Lunatic asylums in Bengal annual reports 1912-1924 - 1912-1924
Year: 1912
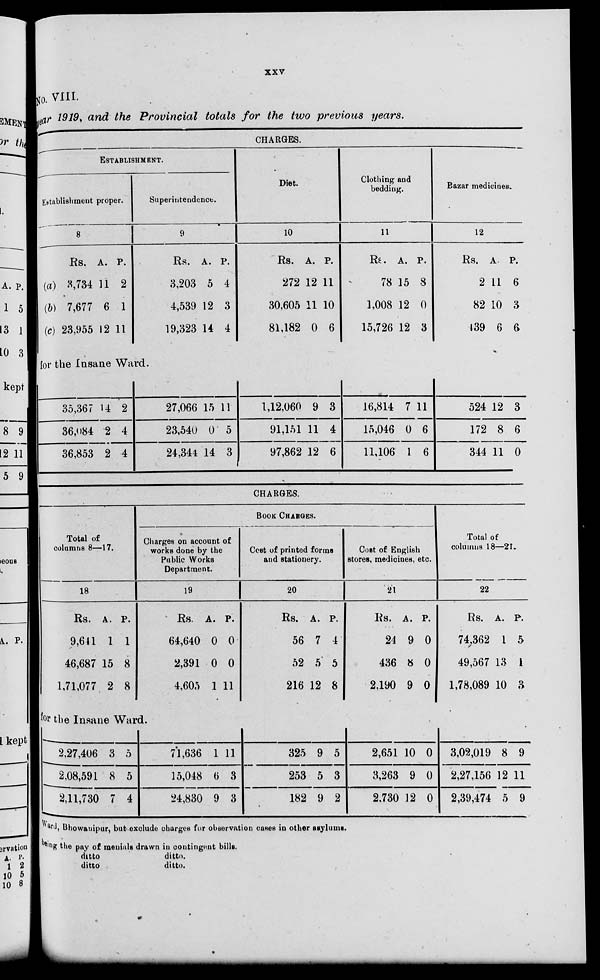
xxv
No. VIII.
year 1919, and the Provincial totals for the two previous years.
CHARGES.
ESTABLISHMENT.
Establishment proper.
8
Rs.
(a) 3,734
(b) 7,677
(c) 23,955
A.
11
6
12
P.
2
1
11
Superintendence
9
Rs.
3,203
4,539
19,323
A.
5
12
14
P.
4
3
4
Diet.
10
Rs.
272
30,605
81,182
A.
12
11
0
P.
11
10
6
Clothing end
bedding.
11
Rs.
78
1,008
15,726
A.
15
12
12
P.
8
0
3
Bazar medicines.
12
Rs.
2
82
139
A
11
10
6
P.
6
3
6
for the Insane Ward.
35,367
36,084
36,853
14
2
2
2
4
4
27,066
23,540
24,344
15
0
14
11
5
3
1,12.060
91,151
97,862
9
11
12
3
4
6
16,814
15,046
11,106
7
0
1
11
6
6
524
172
344
12
8
11
3
6
0
CHARGES.
Total of
columns 8—17.
18
Rs.
9,641
46,687
1,71,077
A.
1
15
2
P.
1
8
8
BOOK CHARGES.
Charges on account of
works done by the
Public Works
Department.
19
Rs.
64,640
2,391
4,605
A.
0
0
1
P.
0
0
11
Cost of printed forms
and stationery.
20
Rs.
56
52
216
A.
7
5
12
P.
4
5
8
Cost of English
stores, medicines, etc.
21
Rs.
24
436
2,190
A.
9
8
9
P.
0
0
0
Total of
columns 18—21.
22
Rs.
74,362
49,567
1,78,089
A.
1
13
10
P.
5
1
3
for the Insane Ward.
2,27,406
2,08,591
2,11,730
3
8
7
5
5
4
71,636
15,048
24,830
1
6
9
11
3
3
325
253
182
9
5
9
5
3
2
2,651
3,263
2,730
10
9
12
0
0
0
3,02,019
2,27,156
2,39,474
8
12
5
9
11
9
Ward, Bhowanipur, but exclude charges for observation cases in oth r asylums.
being the pay of menials drawn in contingent bills.
ditto
ditto
ditto.
ditto.